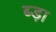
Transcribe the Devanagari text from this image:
ब्ड़ा